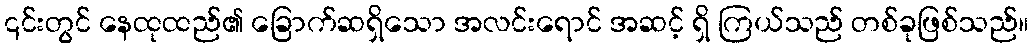
၎င်းတွင် နေထုထည်၏ ခြောက်ဆရှိသော အလင်းရောင် အဆင့် ရှိ ကြယ်သည် တစ်ခုဖြစ်သည်။